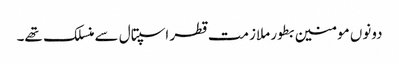
دونوں مومنین بطور ملازمت قطر اسپتال سے منسلک تھے۔